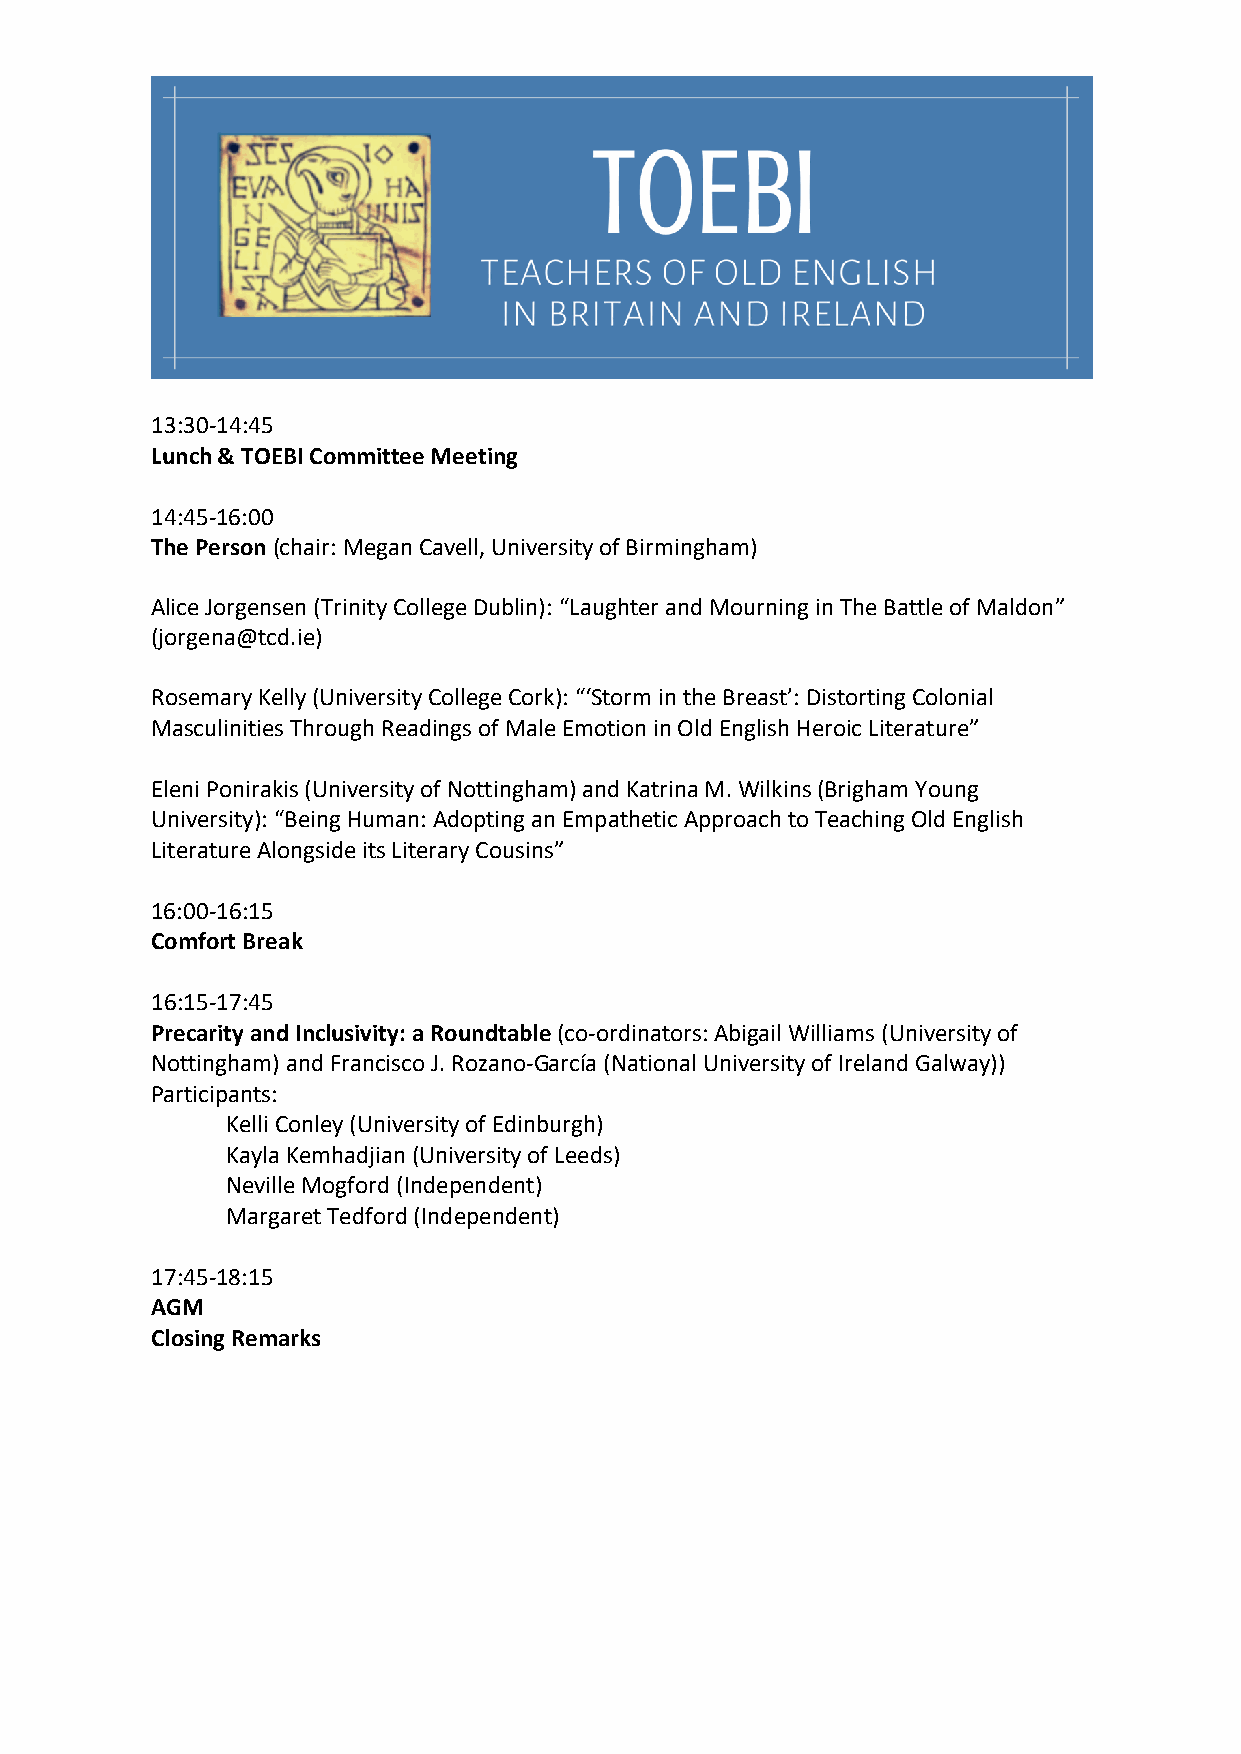
13:30-14:45
 Lunch & TOEBI Committee Meeting
 14:45-16:00
 The Person (chair: Megan Cavell, University of Birmingham)
 Alice Jorgensen (Trinity College Dublin): “Laughter and Mourning in The Battle of Maldon”
 (jorgena@tcd.ie)
 Rosemary Kelly (University College Cork): “‘Storm in the Breast’: Distorting Colonial
 Masculinities Through Readings of Male Emotion in Old English Heroic Literature”
 Eleni Ponirakis (University of Nottingham) and Katrina M. Wilkins (Brigham Young
 University): “Being Human: Adopting an Empathetic Approach to Teaching Old English
 Literature Alongside its Literary Cousins”
 16:00-16:15
 Comfort Break
 16:15-17:45
 Precarity and Inclusivity: a Roundtable (co-ordinators: Abigail Williams (University of
 Nottingham) and Francisco J. Rozano-García (National University of Ireland Galway))
 Participants:
 Kelli Conley (University of Edinburgh)
 Kayla Kemhadjian (University of Leeds)
 Neville Mogford (Independent)
 Margaret Tedford (Independent)
 17:45-18:15
 AGM
 Closing Remarks